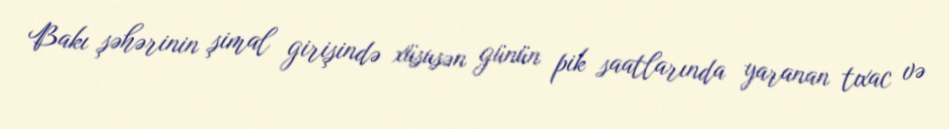
Bakı şəhərinin şimal girişində xüsusən günün pik saatlarında yaranan tıxac və